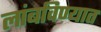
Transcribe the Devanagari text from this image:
लांबविण्यात